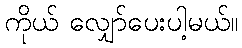
ကိုယ် လျှော်ပေးပါ့မယ်။